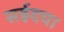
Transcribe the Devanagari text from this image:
सईदचा